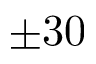
\pm 3 0